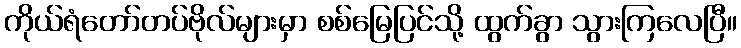
ကိုယ်ရံတော်တပ်ဗိုလ်များမှာ စစ်မြေပြင်သို့ ထွက်ခွာ သွားကြလေပြီ။